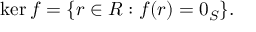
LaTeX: \ker f = \{ r \in R : f ( r ) = 0 _ { S } \} { \mathrm { . } }